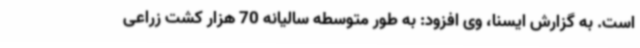
است. به گزارش ایسنا، وی افزود: به طور متوسطه سالیانه 70 هزار کشت زراعی